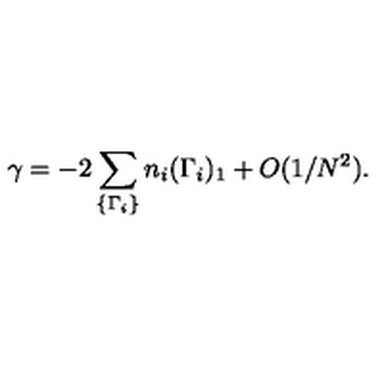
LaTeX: \gamma = - 2 \sum _ { \{ \Gamma _ { i } \} } n _ { i } ( \Gamma _ { i } ) _ { 1 } + O ( 1 / N ^ { 2 } ) .